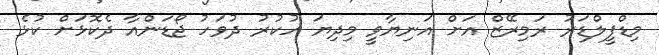
މިޑްފީލްޑަރު ރަމިރޭޒް އަށް އަނިޔާވީ މިދިޔަ ހުކުރު ދުވަހު ޖޯޑަންއާ ދެކޮޅަށް ކުޅެ